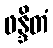
ဖန္ဒိတံ